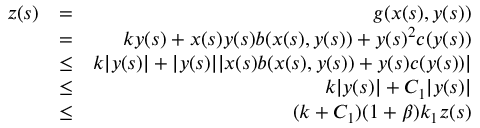
\begin{array} { r l r } { z ( s ) } & { = } & { g ( x ( s ) , y ( s ) ) } \\ & { = } & { k y ( s ) + x ( s ) y ( s ) b ( x ( s ) , y ( s ) ) + y ( s ) ^ { 2 } c ( y ( s ) ) } \\ & { \leq } & { k | y ( s ) | + | y ( s ) | | x ( s ) b ( x ( s ) , y ( s ) ) + y ( s ) c ( y ( s ) ) | } \\ & { \leq } & { k | y ( s ) | + C _ { 1 } | y ( s ) | } \\ & { \leq } & { ( k + C _ { 1 } ) ( 1 + \beta ) k _ { 1 } z ( s ) } \end{array}